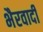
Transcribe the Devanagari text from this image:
भैरवादी